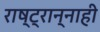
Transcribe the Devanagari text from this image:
राष्ट्रान्नाही